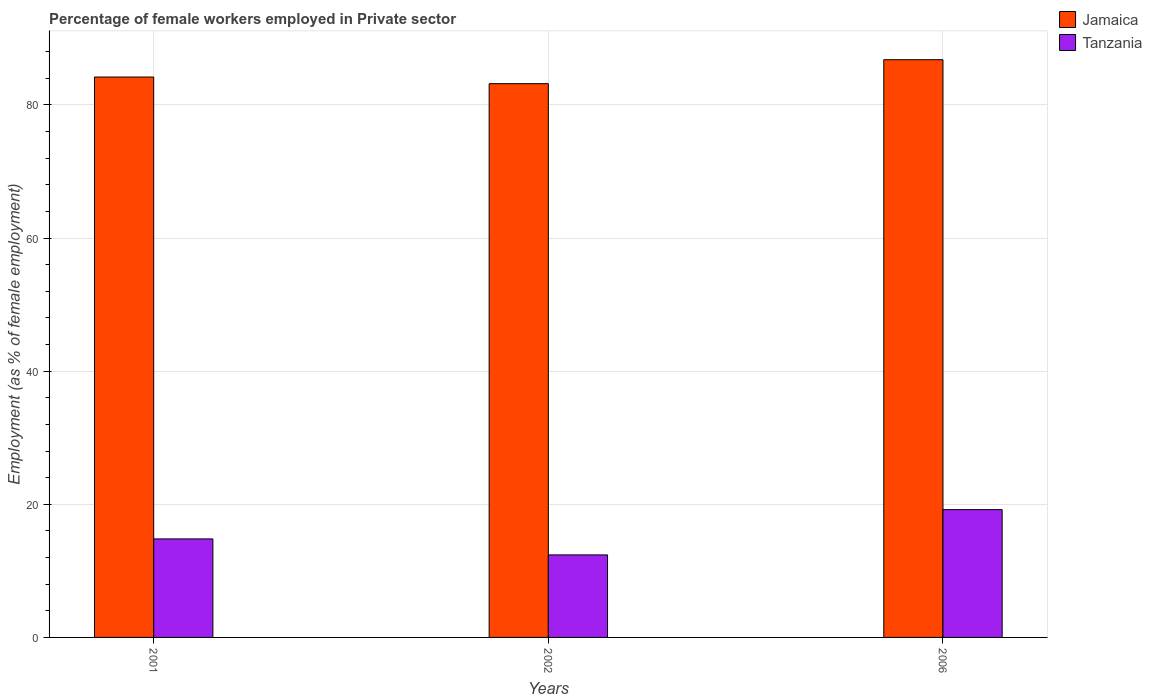
| Years | Jamaica | Tanzania |
 | --- | --- | --- |
 | 2001 | 84.2 | 14.8 |
 | 2002 | 83.2 | 12.4 |
 | 2006 | 86.8 | 19.2 |